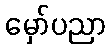
မှော်ပညာ